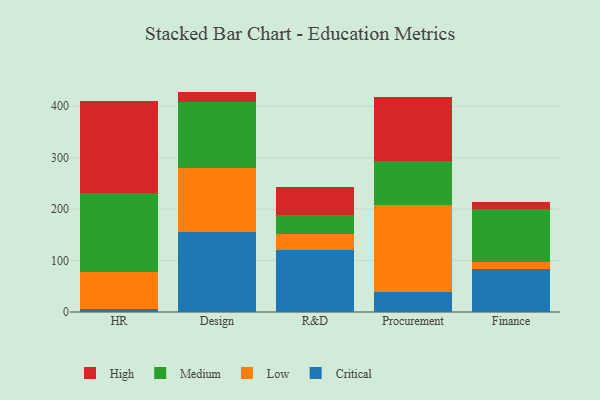
{"axis": {"x": "Department", "y": "Churn Rate (%)"}, "legend": ["Critical", "High", "Low", "Medium"], "data": [{"x": "HR", "y": 6.1, "type": "Critical"}, {"x": "HR", "y": 71.8, "type": "Low"}, {"x": "HR", "y": 152.7, "type": "Medium"}, {"x": "HR", "y": 179.6, "type": "High"}, {"x": "Design", "y": 154.7, "type": "Critical"}, {"x": "Design", "y": 125.5, "type": "Low"}, {"x": "Design", "y": 127.3, "type": "Medium"}, {"x": "Design", "y": 21.0, "type": "High"}, {"x": "R&D", "y": 121.2, "type": "Critical"}, {"x": "R&D", "y": 30.9, "type": "Low"}, {"x": "R&D", "y": 36.0, "type": "Medium"}, {"x": "R&D", "y": 54.5, "type": "High"}, {"x": "Procurement", "y": 38.4, "type": "Critical"}, {"x": "Procurement", "y": 169.1, "type": "Low"}, {"x": "Procurement", "y": 86.1, "type": "Medium"}, {"x": "Procurement", "y": 123.8, "type": "High"}, {"x": "Finance", "y": 83.7, "type": "Critical"}, {"x": "Finance", "y": 13.8, "type": "Low"}, {"x": "Finance", "y": 102.8, "type": "Medium"}, {"x": "Finance", "y": 14.2, "type": "High"}]}